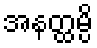
အနတ္ထမ္ပိ